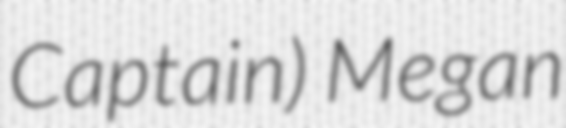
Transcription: Captain) Megan